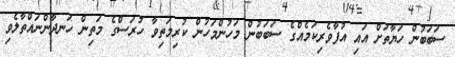
ސަބަބުން ހަޔާތަށް އައި އުފާވެރިކަމެއްގެ ސަބަބުން މަހުންމަހުން ކުރިމަތިވާ ހުރަސްގެ މަތިން ހަނދާންނައްތާލެވި